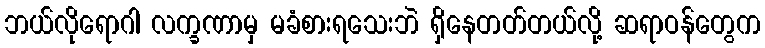
ဘယ်လိုရောဂါ လက္ခဏာမှ မခံစားရသေးဘဲ ရှိနေတတ်တယ်လို့ ဆရာဝန်တွေက